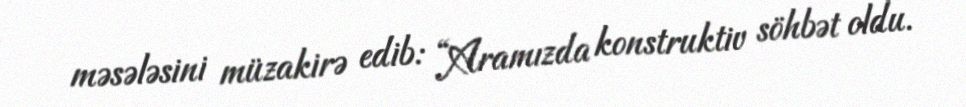
məsələsini müzakirə edib: “Aramızda konstruktiv söhbət oldu.